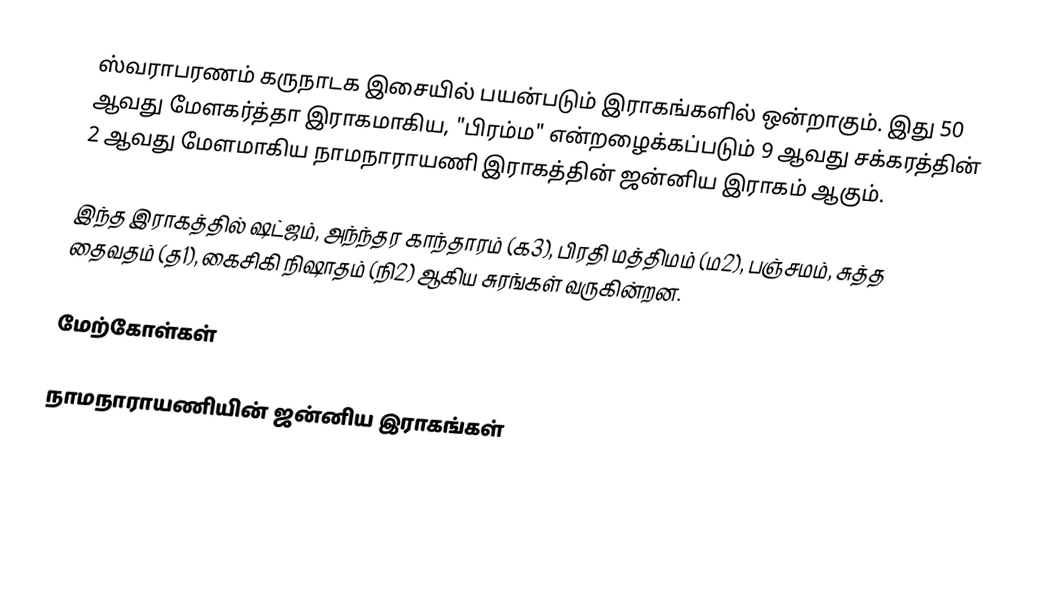
ஸ்வராபரணம் கருநாடக இசையில் பயன்படும் இராகங்களில் ஒன்றாகும். இது 50 ஆவது மேளகர்த்தா இராகமாகிய, "பிரம்ம" என்றழைக்கப்படும் 9 ஆவது சக்கரத்தின் 2 ஆவது மேளமாகிய நாமநாராயணி இராகத்தின் ஜன்னிய இராகம் ஆகும்.

இந்த இராகத்தில் ஷட்ஜம், அந்ந்தர காந்தாரம் (க3), பிரதி மத்திமம் (ம2), பஞ்சமம், சுத்த தைவதம் (த1), கைசிகி நிஷாதம் (நி2) ஆகிய சுரங்கள் வருகின்றன.

மேற்கோள்கள்

நாமநாராயணியின் ஜன்னிய இராகங்கள்